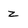
Character: z